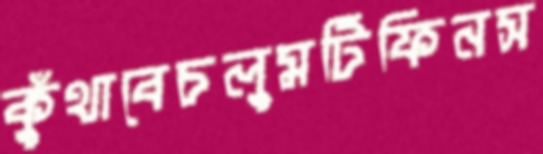
কুঁথাবেচলুমটিফিনস